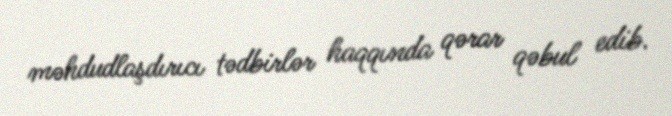
məhdudlaşdırıcı tədbirlər haqqında qərar qəbul edib.